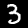
Digit: 3